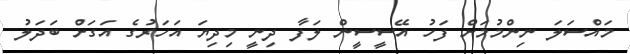
މައްސަލަ ނިންމުމަށް ފަހު އޭސީސީން ލަފާ ދިނީ މިދިޔަ އަހަރުގެ އަގަށް ބަދަލު